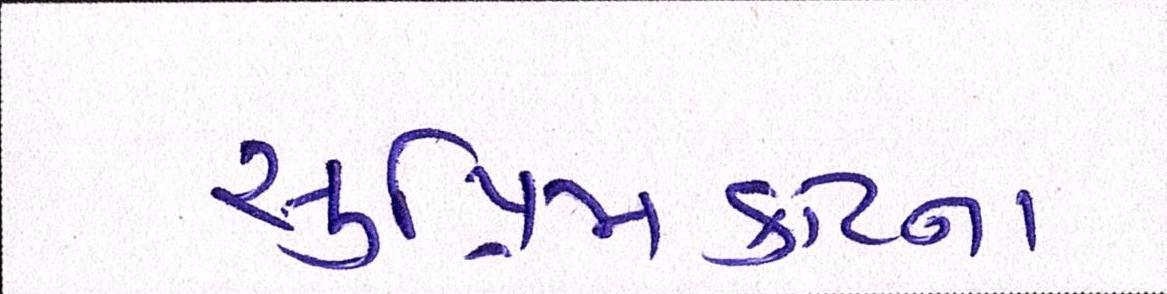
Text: સુપ્રીમકોર્ટના